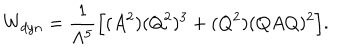
W _ { d y n } = \frac { 1 } { \Lambda ^ { 5 } } \Big [ ( A ^ { 2 } ) ( Q ^ { 2 } ) ^ { 3 } + ( Q ^ { 2 } ) ( Q A Q ) ^ { 2 } \Big ] .